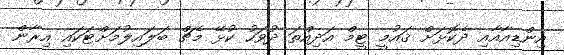
އިންޑިއާއާއި ދެކޮޅަށް ޤައުމީ ޓީމް އަދިއްތަ ދުވަހު ކުޅޭ މެޗް ބަލައިލުމަށްޓަކައި އިރާން